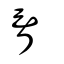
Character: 胥